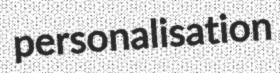
personalisation